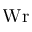
\mathrm { W r }